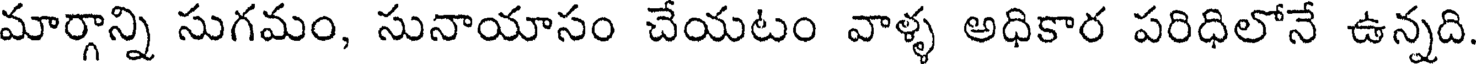
మార్గాన్ని సుగమం, సునాయాసం చేయటం వాళ్ళ అధికార పరిధిలోనే ఉన్నది